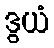
ဒွယံ